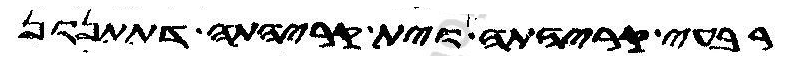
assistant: רבעי קריהתה וית קריהתה דתתנון